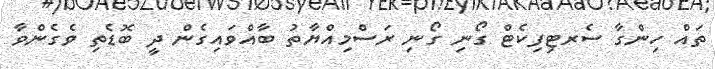
ތައް ހިންގާ ސެރޓިފިކެޓް ގޯނި ގޯނި ރަސްމިއްޔާތު ބާއްވައިގެން ދީ ބޮޑެތި ވެގެންވާ